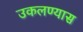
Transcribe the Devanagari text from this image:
उकलण्यास